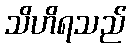
သိဟိရသည်